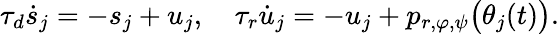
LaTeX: \tau_{d}\dot{s}_{j}=-s_{j}+u_{j},\quad\tau_{r}\dot{u}_{j}=-u_{j}+p_{r,\varphi,\psi}\big(\theta_{j}(t)\big).